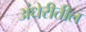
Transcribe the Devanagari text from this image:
अंधेरीतील